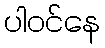
ပါဝင်နေ